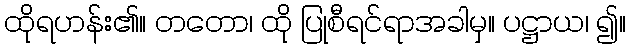
ထိုရဟန်း၏။ တတော၊ ထို ပြုစီရင်ရာအခါမှ။ ပဋ္ဌာယ၊ ၍။